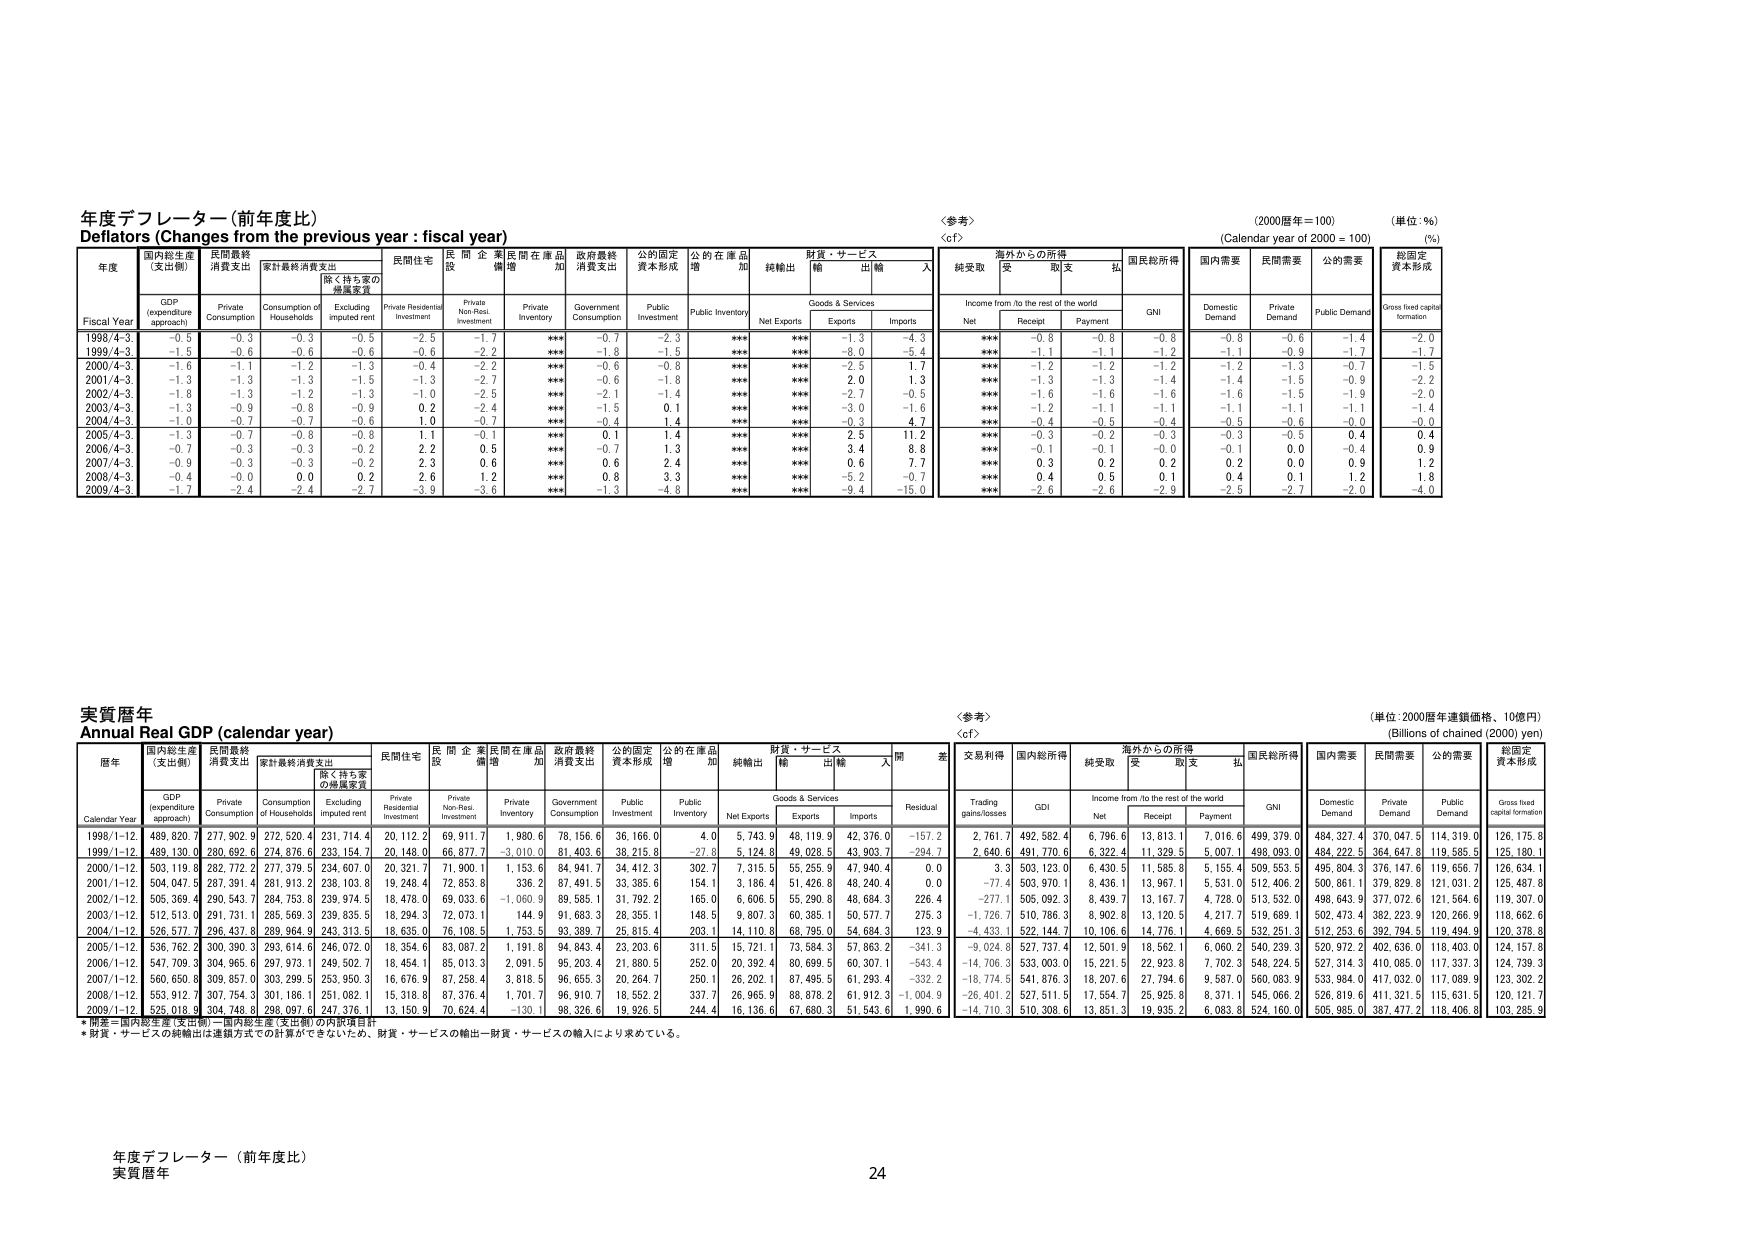
年度デフレーター（前年度比）
Deflators (Changes from the previous year : fiscal year)

〈参考〉
〈cf〉
(2000年＝100)
(Calendar year of 2000 = 100)
(単位：％)
(%)

年度
Fiscal Year
国内総生産
(支出側)
GDP
(expenditure approach)
民間最終
消費支出
Private Consumption
家計最終消費支出
Consumption of Households
除く持ち家の
帰属家賃
Excluding imputed rent
民間住宅
Private Residential Investment
民間企業
設備
Private Non-Resi. Investment
民間在庫品
増加
Private Inventory
政府最終
消費支出
Government Consumption
公的固定
資本形成
Public Investment
公的在庫品
増加
Public Inventory
純輸出
Net Exports
財貨・サービス
Goods & Services
輸出
Exports
輸入
Imports
海外からの所得
Income from /to the rest of the world
純受取
Net
受取
Receipt
支払
Payment
国民総所得
GNI
国内需要
Domestic Demand
民間需要
Private Demand
公的需要
Public Demand
総固定
資本形成
Gross fixed capital formation

1998/4-3
-0.5
-0.3
-0.3
-0.5
-2.5
-1.7
***
-0.7
-2.3
***
***
-1.3
-4.3
***
-0.8
-0.8
-0.8
-0.8
-0.6
-1.4
-2.0

1999/4-3
-1.5
-0.6
-0.6
-0.6
-0.6
-2.2
***
-1.8
-1.5
***
***
-8.0
-5.4
***
-1.1
-1.1
-1.2
-1.1
-0.9
-1.7
-1.7

2000/4-3
-1.6
-1.1
-1.2
-1.3
-0.4
-2.2
***
-0.6
-0.8
***
***
-2.5
1.7
***
-1.2
-1.2
-1.2
-1.2
-1.3
-0.7
-1.5

2001/4-3
-1.3
-1.3
-1.3
-1.5
-1.3
-2.7
***
-0.6
-1.8
***
***
2.0
1.3
***
-1.3
-1.3
-1.4
-1.4
-1.5
-0.9
-2.2

2002/4-3
-1.8
-1.3
-1.2
-1.3
-1.0
-2.5
***
-2.1
-1.4
***
***
-2.7
-0.5
***
-1.6
-1.6
-1.6
-1.6
-1.5
-1.9
-2.0

2003/4-3
-1.3
-0.9
-0.8
-0.9
0.2
-2.4
***
-1.5
0.1
***
***
-3.0
-1.6
***
-1.2
-1.1
-1.1
-1.1
-1.1
-1.1
-1.4

2004/4-3
-1.0
-0.7
-0.7
-0.6
1.0
-0.7
***
-0.4
1.4
***
***
-0.3
4.7
***
-0.4
-0.5
-0.4
-0.5
-0.6
0.0
-0.0

2005/4-3
-1.3
-0.7
-0.8
-0.8
1.1
-0.1
***
0.1
1.4
***
***
2.5
11.2
***
-0.3
-0.2
-0.3
-0.3
-0.5
0.4
0.4

2006/4-3
-0.7
-0.3
-0.3
-0.2
2.2
0.5
***
-0.7
1.3
***
***
3.4
8.8
***
-0.1
-0.1
-0.0
-0.1
0.0
-0.4
0.9

2007/4-3
-0.9
-0.3
-0.3
-0.2
2.3
0.6
***
0.6
2.4
***
***
0.6
7.7
***
0.3
0.2
0.2
0.2
0.0
0.9
1.2

2008/4-3
-0.4
-0.0
0.0
0.2
2.6
1.2
***
0.8
3.3
***
***
-5.2
-0.7
***
0.4
0.5
0.1
0.4
0.1
1.2
1.8

2009/4-3
-1.7
-2.4
-2.4
-2.7
-3.9
-3.6
***
-1.3
-4.8
***
***
-9.4
-15.0
***
-2.6
-2.6
-2.9
-2.5
-2.7
-2.0
-4.0

実質暦年
Annual Real GDP (calendar year)

〈参考〉
〈cf〉
(単位：2000暦年連鎖価格、10億円)
(Billions of chained (2000) yen)

暦年
Calendar Year
国内総生産
(支出側)
GDP
(expenditure approach)
民間最終
消費支出
Private Consumption
家計最終消費支出
Consumption of Households
除く持ち家の
帰属家賃
Excluding imputed rent
民間住宅
Private Residential Investment
民間企業
設備
Private Non-Resi. Investment
民間在庫品
増加
Private Inventory
政府最終
消費支出
Government Consumption
公的固定
資本形成
Public Investment
公的在庫品
増加
Public Inventory
純輸出
Net Exports
財貨・サービス
Goods & Services
輸出
Exports
輸入
Imports
残差
Residual
交易利得
Trading gains/losses
国内総所得
GDI
海外からの所得
Income from /to the rest of the world
純受取
Net
受取
Receipt
支払
Payment
国民総所得
GNI
国内需要
Domestic Demand
民間需要
Private Demand
公的需要
Public Demand
総固定
資本形成
Gross fixed capital formation

1998/1-12
489,820.7
277,902.9
272,520.4
231,714.4
20,112.2
69,911.7
1,980.6
78,156.6
36,166.0
4.0
5,743.9
48,119.9
42,376.0
-157.2
2,761.7
492,582.4
6,796.6
13,813.1
7,016.6
499,379.0
484,327.4
370,047.5
114,319.0
126,175.8

1999/1-12
489,130.0
280,692.6
274,876.6
233,154.7
20,148.0
66,877.7
-3,010.0
81,403.6
38,215.8
-27.8
5,124.8
49,028.5
43,903.7
-294.7
2,640.6
491,770.6
6,322.4
11,329.5
5,007.1
498,093.0
484,222.5
364,647.8
119,585.5
125,180.1

2000/1-12
503,119.8
282,772.2
277,379.5
234,607.0
20,321.7
71,900.1
1,153.6
84,941.7
34,412.3
302.7
7,315.5
55,255.9
47,940.4
0.0
3.3
503,123.0
6,430.5
11,585.8
5,155.4
509,553.5
495,804.3
376,147.6
119,656.7
126,634.1

2001/1-12
504,047.5
287,391.4
281,913.2
238,103.8
19,248.4
72,853.8
336.2
87,491.5
33,385.6
154.1
3,186.4
51,426.8
48,240.4
0.0
-77.4
503,970.1
8,436.1
13,967.1
5,531.0
512,406.2
500,861.1
379,829.8
121,031.2
125,487.8

2002/1-12
505,369.4
290,543.7
284,753.8
239,974.5
18,478.0
69,033.6
-1,060.9
89,585.1
31,792.2
165.0
6,606.5
55,290.8
48,684.3
226.4
-277.1
505,092.3
8,439.7
13,167.7
4,728.0
513,532.0
498,643.9
377,072.6
121,564.6
119,307.0

2003/1-12
512,513.0
291,731.1
285,569.3
239,835.5
18,294.3
72,073.1
144.9
91,683.3
28,355.1
148.5
9,807.3
60,385.1
50,577.7
275.3
-1,726.7
510,786.3
8,902.8
13,120.5
4,217.7
519,689.1
502,473.4
382,223.9
120,266.9
118,662.6

2004/1-12
526,577.7
296,437.8
289,964.9
243,313.5
18,635.0
76,108.5
1,753.5
93,389.7
25,815.4
203.1
14,110.8
68,795.0
54,684.3
123.9
-4,433.1
522,144.7
10,106.6
14,776.1
4,669.5
532,251.3
512,253.6
392,794.5
119,494.9
120,378.8

2005/1-12
536,762.2
300,390.3
293,614.6
246,072.0
18,354.6
83,087.2
1,191.8
94,643.4
23,203.6
311.5
15,721.1
73,584.3
57,863.2
-341.3
-9,024.8
527,737.4
12,501.9
18,562.1
6,060.2
540,239.3
520,972.2
402,636.0
118,403.0
124,157.8

2006/1-12
547,709.3
304,965.6
297,973.1
249,502.7
18,454.1
85,013.3
2,091.5
95,203.4
21,880.5
252.0
20,392.4
80,699.5
60,307.1
-543.4
-14,706.3
533,003.0
15,221.5
22,923.8
7,702.3
548,224.5
527,314.3
410,085.0
117,337.3
124,739.3

2007/1-12
560,650.8
309,857.0
303,299.5
253,950.3
16,676.9
87,258.4
3,818.5
96,655.3
20,264.7
250.1
26,202.1
87,495.5
61,293.4
-332.2
-18,774.5
541,876.3
18,207.6
27,794.6
9,587.0
560,083.9
533,984.0
417,032.0
117,089.9
123,302.2

2008/1-12
553,912.7
307,754.3
301,186.1
251,082.1
15,318.8
87,376.4
1,701.7
96,910.7
18,552.2
337.7
26,965.9
88,878.2
61,912.3
-1,004.9
-26,401.2
527,511.5
17,554.7
25,925.8
8,371.1
545,066.2
526,819.6
411,321.5
115,631.5
120,121.7

2009/1-12
525,018.9
304,748.8
298,097.6
247,376.1
13,150.9
70,624.4
-130.1
98,326.6
19,926.5
244.4
16,136.6
67,680.3
51,543.6
1,990.6
-14,710.3
510,308.6
13,851.3
19,935.2
6,083.8
524,160.0
505,985.0
387,477.2
118,406.8
103,285.9

*開業＝国内総生産（支出側）＝国内総生産（支出側）の内訳項目計
*財貨・サービスの純輸出は連鎖方式での計算ができてこいたため、財貨・サービスの輸出－財貨・サービスの輸入により求めている。

年度デフレーター（前年度比）
実質暦年
24